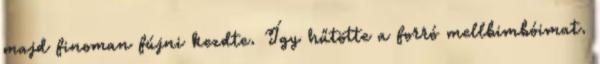
majd finoman fújni kezdte. Így hűtötte a forró mellbimbóimat.